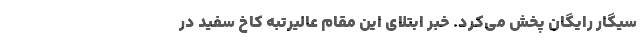
سیگار رایگان پخش می‌کرد. خبر ابتلای این مقام عالیرتبه کاخ سفید در